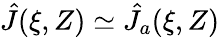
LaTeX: \hat{J}(\xi,Z)\simeq\hat{J}_{a}(\xi,Z)